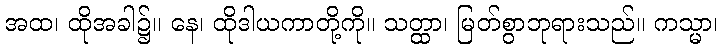
အထ၊ ထိုအခါ၌။ နေ၊ ထိုဒါယကာတို့ကို။ သတ္ထာ၊ မြတ်စွာဘုရားသည်။ ကသ္မာ၊